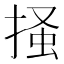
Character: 掻